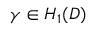
\gamma \in H _ { 1 } ( D )